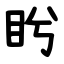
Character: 盻